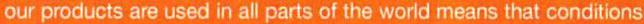
our products are used in all parts of the world means that conditions